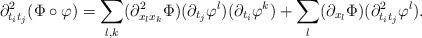
LaTeX: \begin{align*} \partial^2_{t_i t_j} (\Phi \circ \varphi) = \sum_{l,k} (\partial^2 _{x_l x_k}\Phi) (\partial_{t_j}\varphi^l) (\partial_{t_i}\varphi^k) + \sum_l (\partial_{x_l}\Phi) (\partial^2 _{t_i t_j} \varphi^l). \end{align*}